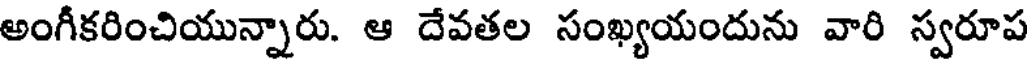
అంగీకరించియున్నారు. ఆ దేవతల సంఖ్యయందును వారి స్వరూప